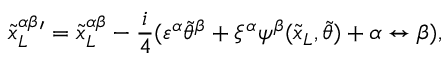
{ { \tilde { x } _ { L } } ^ { \alpha \beta } } { } ^ { \prime } = { { \tilde { x } _ { L } } ^ { \alpha \beta } } - \frac { i } { 4 } ( \varepsilon ^ { \alpha } { \tilde { \theta } } ^ { \beta } + \xi ^ { \alpha } \psi ^ { \beta } ( { \tilde { x } _ { L } } , { \tilde { \theta } } ) + \alpha \leftrightarrow \beta ) ,